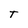
Character: T